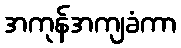
အကုန်အကျခံကာ